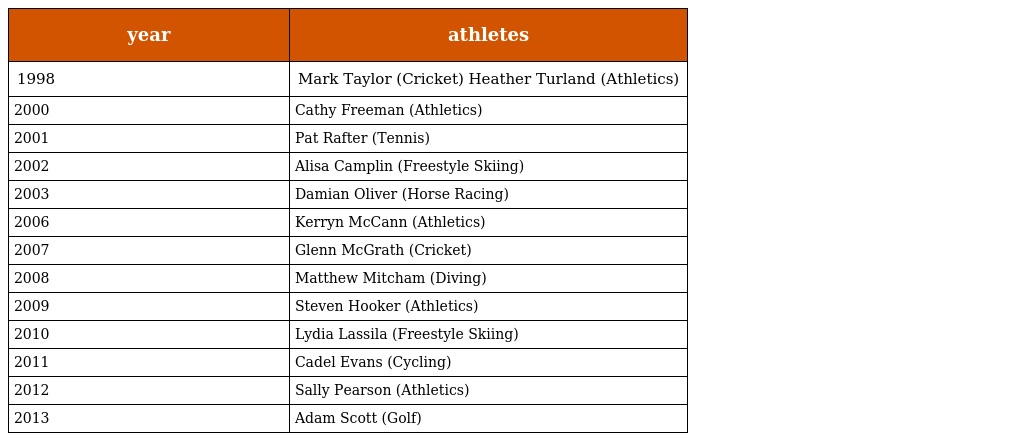
| year | athletes |
 | --- | --- |
 | 1998 | Mark Taylor (Cricket) Heather Turland (Athletics) |
 | 2000 | Cathy Freeman (Athletics) |
 | 2001 | Pat Rafter (Tennis) |
 | 2002 | Alisa Camplin (Freestyle Skiing) |
 | 2003 | Damian Oliver (Horse Racing) |
 | 2006 | Kerryn McCann (Athletics) |
 | 2007 | Glenn McGrath (Cricket) |
 | 2008 | Matthew Mitcham (Diving) |
 | 2009 | Steven Hooker (Athletics) |
 | 2010 | Lydia Lassila (Freestyle Skiing) |
 | 2011 | Cadel Evans (Cycling) |
 | 2012 | Sally Pearson (Athletics) |
 | 2013 | Adam Scott (Golf) |